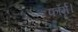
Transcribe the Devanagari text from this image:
फॉर्म।